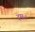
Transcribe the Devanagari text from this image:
दमः।